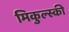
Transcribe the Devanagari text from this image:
मिकुल्स्की